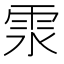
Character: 𩂍